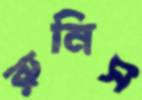
রুনিস